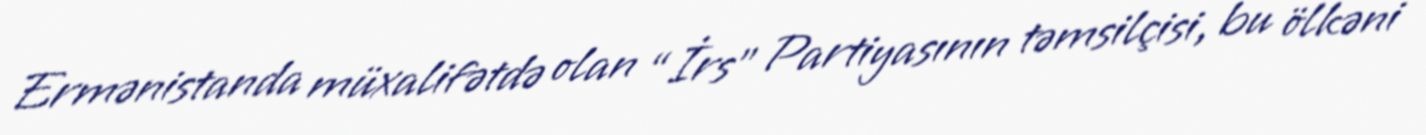
Ermənistanda müxalifətdə olan “İrs” Partiyasının təmsilçisi, bu ölkəni